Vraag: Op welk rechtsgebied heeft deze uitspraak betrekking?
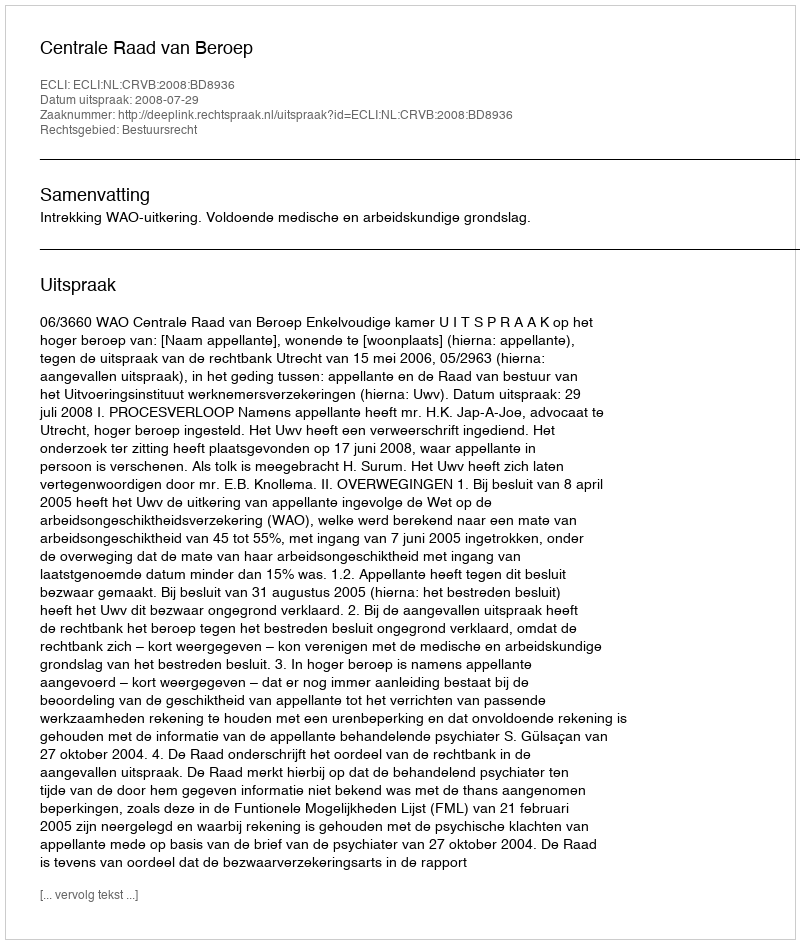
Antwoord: Bestuursrecht